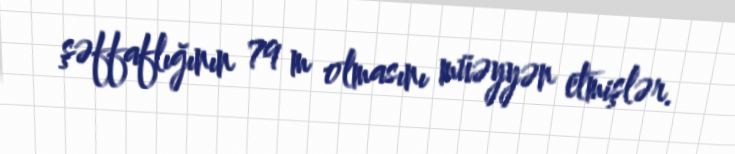
şəffaflığının 79 m olmasını müəyyən etmişlər.